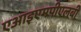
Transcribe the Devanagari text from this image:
एआइएमपीएलबी